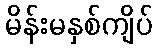
မိန်းမနှစ်ကျိပ်